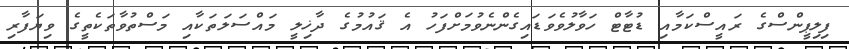
ފިލިޕީންސްގެ ރައީސްކަމާއި ޑުޓާޓް ހަވާލުވެވަޑައިގެންނެވުމަށްފަހު އެ ޤައުމުގެ ދާޚިލީ މައްސަލަތަކާއި މަސްތުވާތަކެތީގެ ވިޔަފާރި